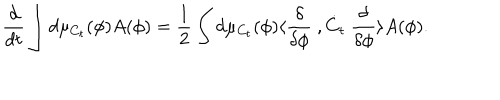
LaTeX: \frac { d } { d t } \int d \mu _ { C _ { t } } ( \phi ) A ( \phi ) = \frac { 1 } { 2 } \int d \mu _ { C _ { t } } ( \phi ) \langle \frac { \delta } { \delta \phi } \ , \dot { C } _ { t } \ \frac { \delta } { \delta \phi } \rangle A ( \phi ) .